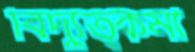
বিদ্যুত্কর্মী